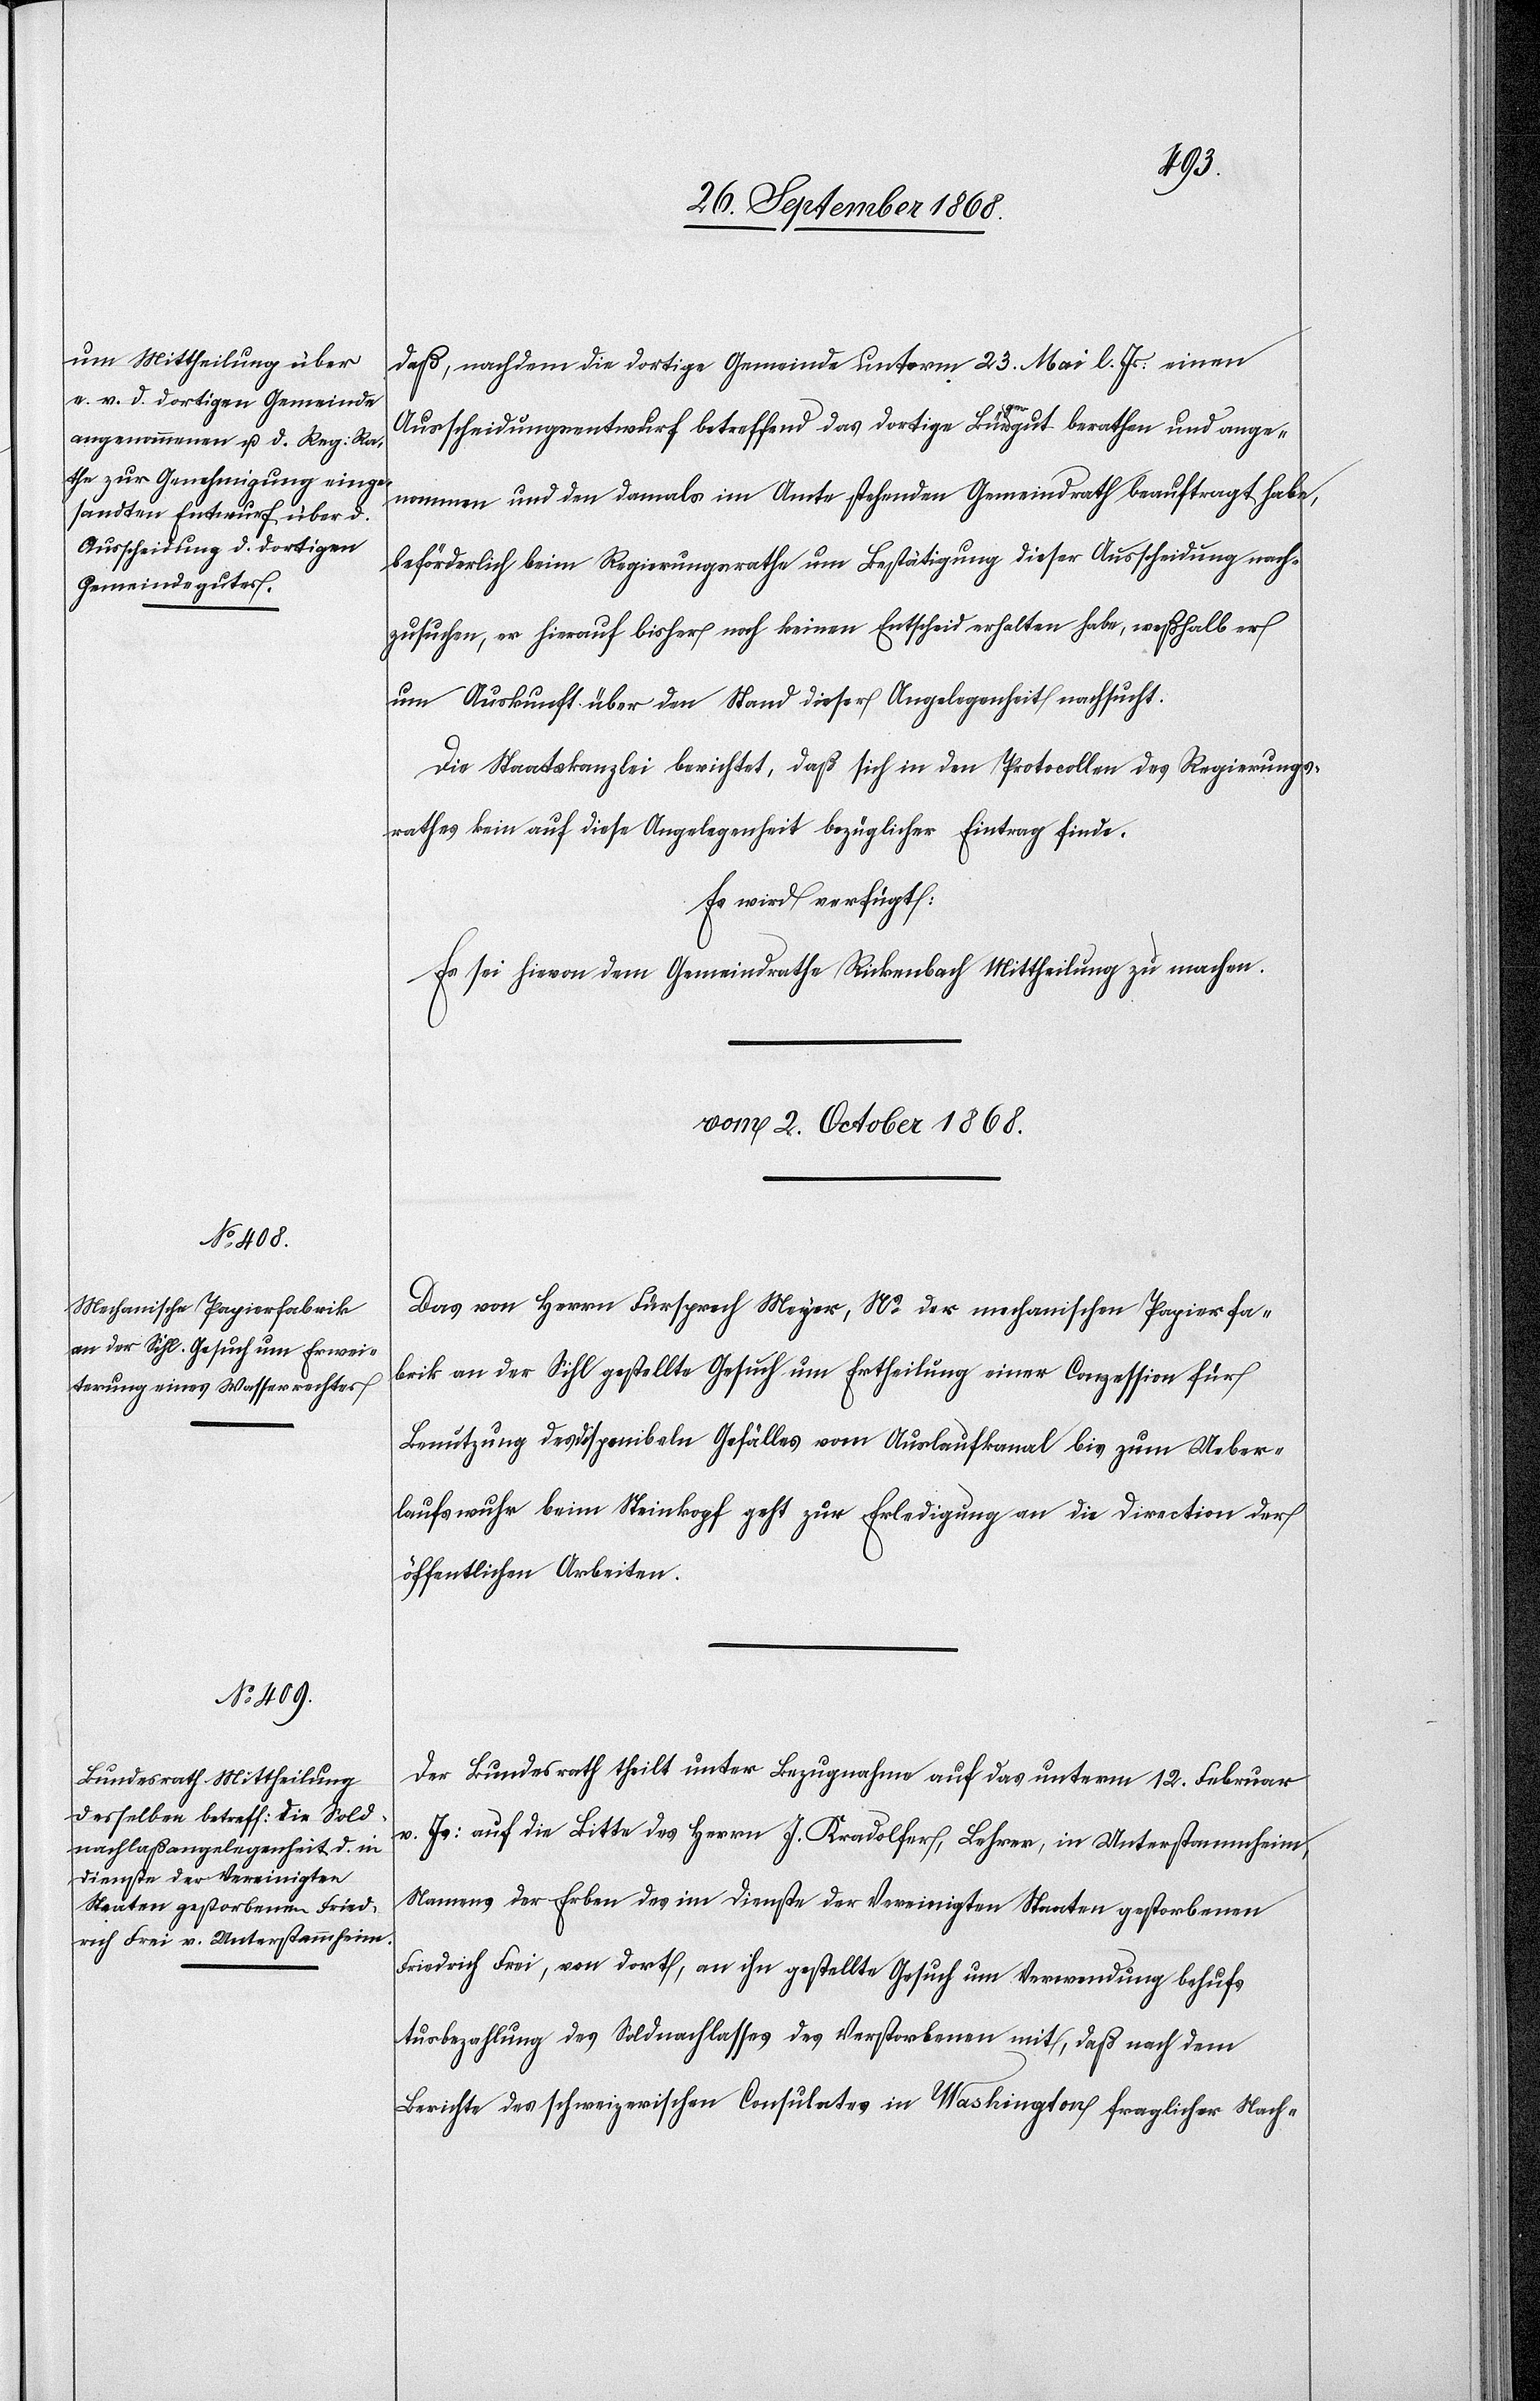
daß, nachdem die dortige Gemeinde unterm 23. Mai l. Js: einen
Ausscheidungsentwurf betreffend das dortige Bürgergut berathen und ange¬
nommen und den damals im Amte stehenden Gemeindrath beauftragt habe,
beförderlich beim Regierungsrathe um Bestätigung dieser Ausscheidung nach¬
zusuchen, er hierauf bisher noch keinen Entscheid erhalten habe, weßhalb er
um Auskunft über den Stand dieser Angelegenheit nachsucht.
Die Staatskanzlei berichtet, daß sich in den Protocollen des Regierungs¬
rathes kein auf diese Angelegenheit bezüglicher Eintrag finde.
Es wird verfügt:
Es sei hievon dem Gemeindrathe Rickenbach Mittheilung zu machen.
vom 2. October 1868.]
Das von Herrn Fürsprech Meyer, Ns der mechanischen Papierfa¬
brik an der Sihl gestellte Gesuch um Ertheilung einer Conzession für
Benutzung des disponibeln Gefälles vom Auslaufkanal bis zum Ueber¬
laufswuhr beim Steinkopf geht zur Erledigung an die Direction der
öffentlichen Arbeiten.
Der Bundesrath theilt unter Bezugnahme auf das unterm 12. Februar
v. Js: auf die Bitte des Herrn J. Kradolfer, Lehrer, in Unterstammheim,
Namens der Erben des im Dienste der Vereinigten Staaten gestorbenen
Friedrich Frei, von dort, an ihn gestellte Gesuch um Verwendung behufs
Ausbezahlung des Soldnachlasses des Verstorbenen mit, daß nach dem
Berichte des schweizerischen Consulates in Washington fraglicher Nach-